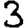
Digit: 3